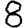
Digit: 8